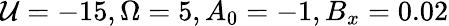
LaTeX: \mathcal{U}=-15,\Omega=5,A_{0}=-1,B_{x}=0.02